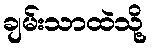
ချမ်းသာထဲသို့